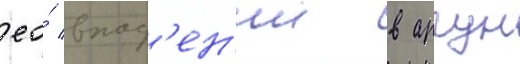
ео́ впад'ен'ии в аргун